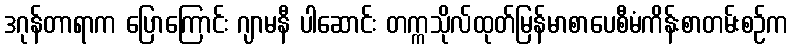
ဒဂုန်တာရာက ပြောကြောင်း ဂျာမနီ ပါဆောင်း တက္ကသိုလ်ထုတ်မြန်မာစာပေစီမံကိန်းစာတမ်းစဉ်က